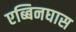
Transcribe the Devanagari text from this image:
एब्बिनघास